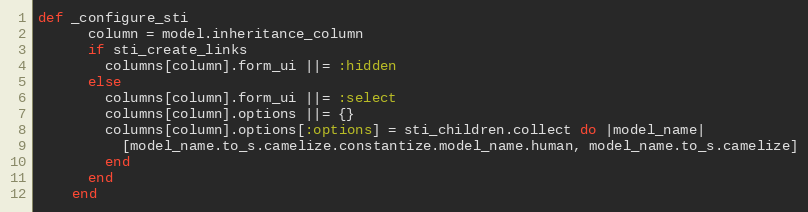
Language: Ruby
def _configure_sti
      column = model.inheritance_column
      if sti_create_links
        columns[column].form_ui ||= :hidden
      else
        columns[column].form_ui ||= :select
        columns[column].options ||= {}
        columns[column].options[:options] = sti_children.collect do |model_name|
          [model_name.to_s.camelize.constantize.model_name.human, model_name.to_s.camelize]
        end
      end
    end